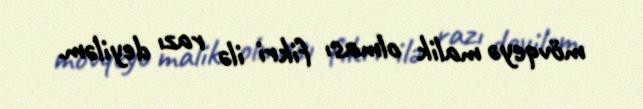
mövqeyə malik olması fikri ilə razı deyiləm.